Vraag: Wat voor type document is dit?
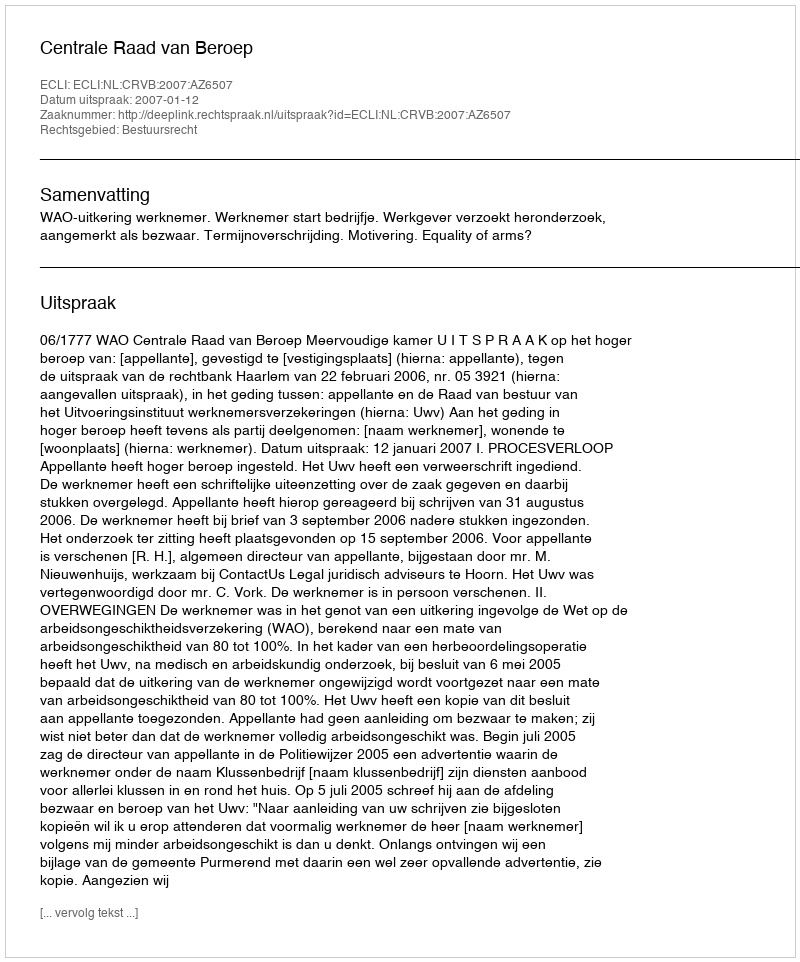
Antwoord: Uitspraak